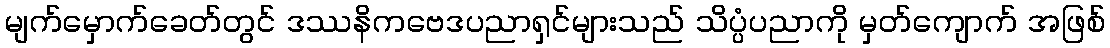
မျက်မှောက်ခေတ်တွင် ဒဿနိကဗေဒပညာရှင်များသည် သိပ္ပံပညာကို မှတ်ကျောက် အဖြစ်